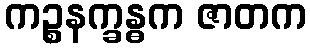
ကဉ္စနက္ခန္ဓက ဇာတက